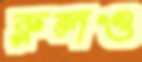
রুলও